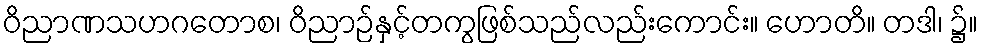
ဝိညာဏသဟဂတောစ၊ ဝိညာဉ်နှင့်တကွဖြစ်သည်လည်းကောင်း။ ဟောတိ။ တဒါ၊ ၌။